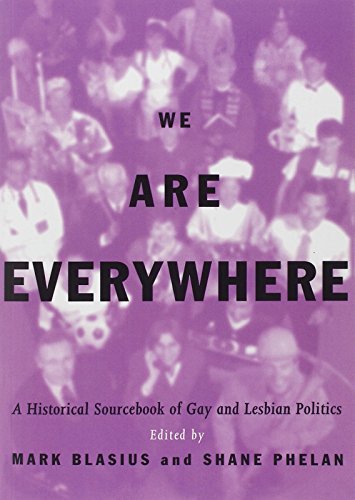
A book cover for We Are Everywhere: A Historical Sourcebook of Gay and Lesbian Politics; Gay & Lesbian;